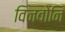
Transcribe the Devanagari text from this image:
विनवोनि